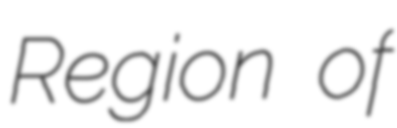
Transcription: Region of